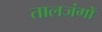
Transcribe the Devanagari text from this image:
तालजंगों